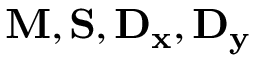
\mathbf { M } , \mathbf { S } , \mathbf { D _ { x } } , \mathbf { D _ { y } }